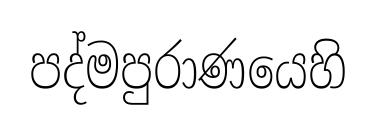
පද්මපුරාණයෙහි